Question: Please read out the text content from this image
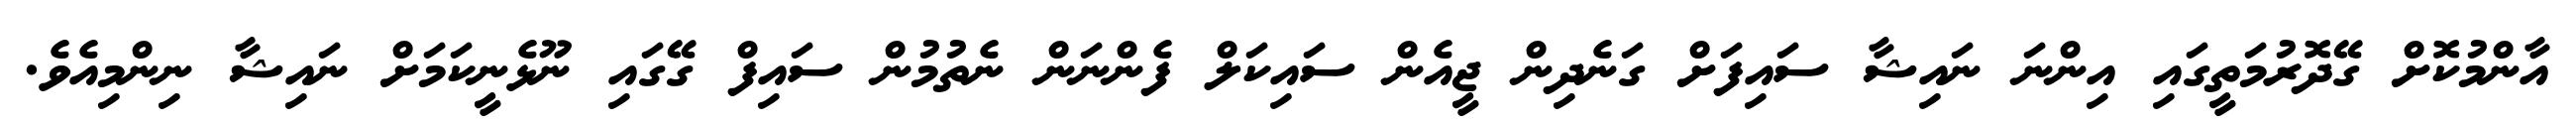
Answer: އާންމުކޮށް ގޭދޮރުމަތީގައި އިންނަ ނައިޝާ ސައިފަށް ގަނެދިން ޖީއެން ސައިކަލް ފެންނަން ނެތުމުން ސައިފް ގޭގައި ނޫޅެނީކަމަށް ނައިޝާ ނިންމިއެވެ.